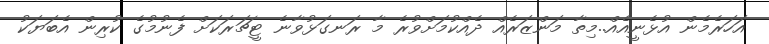
އަހަރެމެން އުޅެނީއެއް..މިތާ މަންޒަރެއް ދެއްކުމަށްވުރެ މާ ރަނގަޅުވާނެ ޓީޗަރަކަށް ފެނުމުގެ ކުރިން އެބަޔަކު